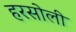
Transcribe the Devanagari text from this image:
हरसोली